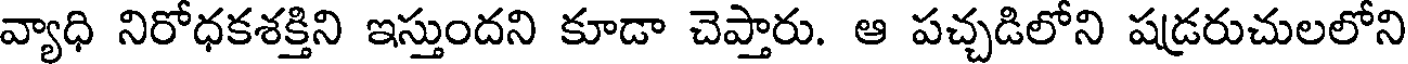
వ్యాధి నిరోధకశక్తిని ఇస్తుందని కూడా చెప్తారు. ఆ పచ్చడిలోని షడ్రరుచులలోని